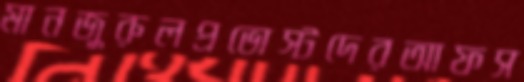
মানজুরুলপ্রভোস্টদেরআফস